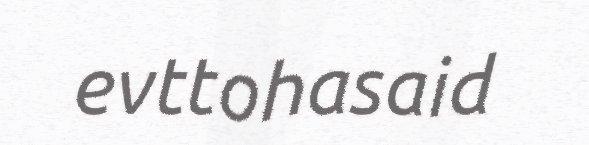
evttohasaid